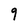
Character: 9